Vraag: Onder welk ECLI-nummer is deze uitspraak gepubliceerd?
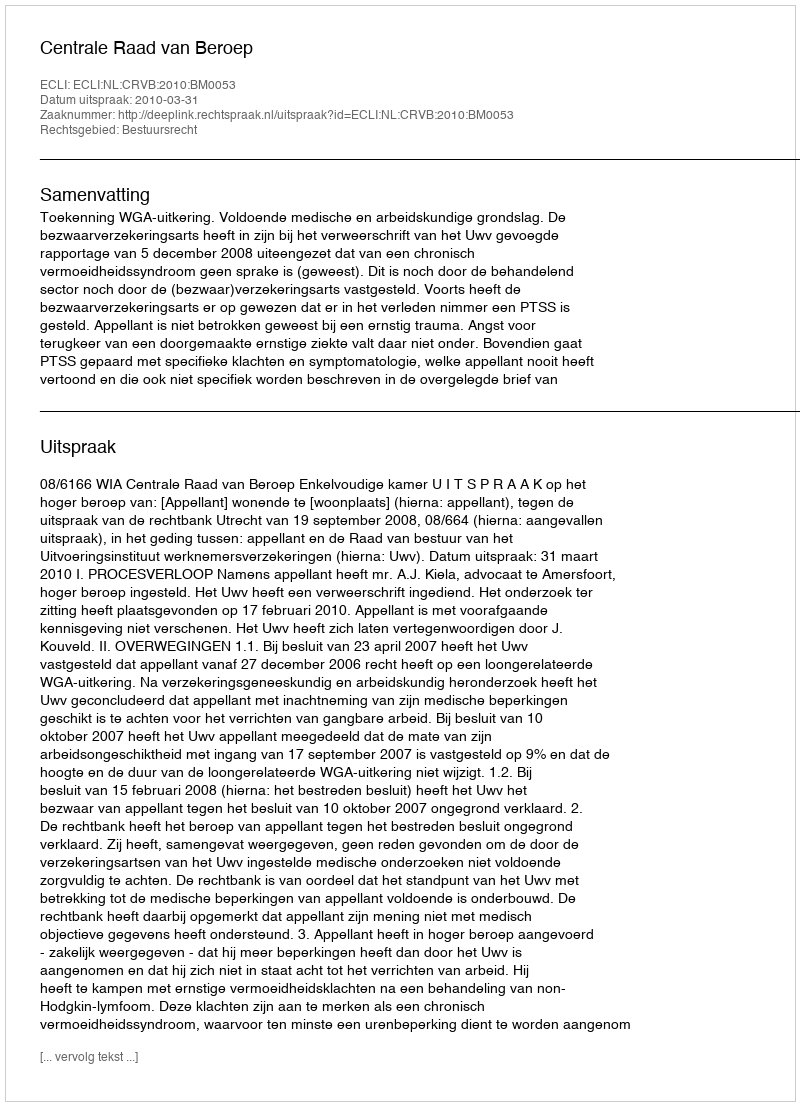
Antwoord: ECLI:NL:CRVB:2010:BM0053